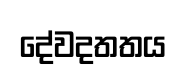
දේවදතතය